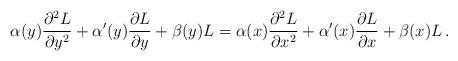
LaTeX: \begin{align*}\alpha(y) {\partial^2L\over \partial y^2} + \alpha^\prime(y){\partial L\over \partial y} + \beta(y) L =\alpha(x) {\partial^2 L\over \partial x^2} + \alpha^\prime(x){\partial L\over \partial x}+\beta(x) L \, .\end{align*}